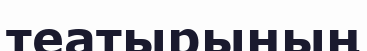
театырының